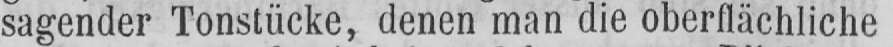
sagender Tonstücke, denen man die oberflächliche